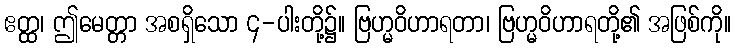
ဧတ္ထ၊ ဤမေတ္တာ အစရှိသော ၄-ပါးတို့၌။ ဗြဟ္မဝိဟာရတာ၊ ဗြဟ္မဝိဟာရတို့၏ အဖြစ်ကို။